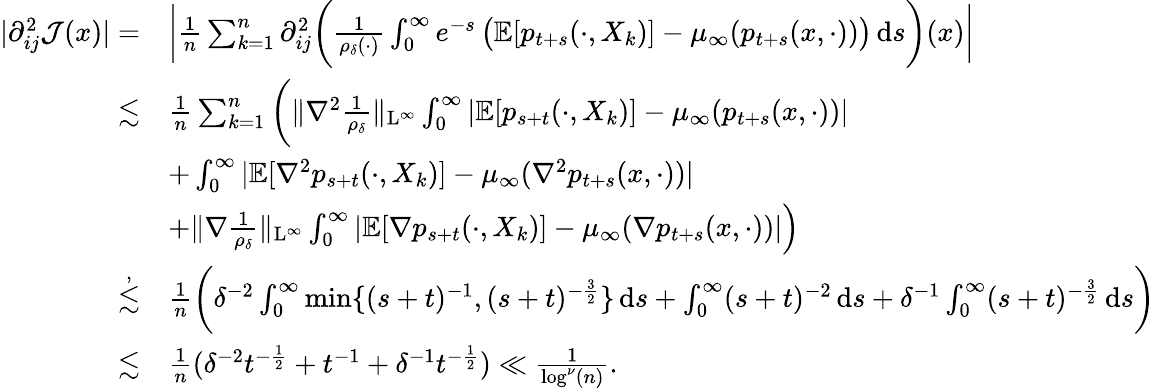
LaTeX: \begin{array}{rl}{\vert\partial_{ij}^{2}\mathcal{J}(x)\vert=}&{\bigg\vert\frac{1}{n}\sum_{k=1}^{n}\partial_{ij}^{2}\bigg(\frac 1{\rho_{\delta}(\cdot)}\int_{0}^{\infty}e^{-s}\, \big(\mathbb{E}[p_{t+s}(\cdot,X_{k})]-\mu_{\infty}(p_{t+s}(x,\cdot))\big)\, \mathrm{d}s\bigg)(x)\bigg\vert}\\ {\lesssim}&{\frac{1}{n}\sum_{k=1}^{n}\bigg(\| \nabla^{2}\frac{1}{\rho_{\delta}}\| _{\mathrm{L}^{\infty}}\int_{0}^{\infty}\vert\mathbb{E}[p_{s+t}(\cdot,X_{k})]-\mu_{\infty}(p_{t+s}(x,\cdot))\vert}\\ &{+\int_{0}^{\infty}\vert\mathbb{E}[\nabla^{2}p_{s+t}(\cdot,X_{k})]-\mu_{\infty}(\nabla^{2}p_{t+s}(x,\cdot))\vert}\\ &{+\| \nabla\frac{1}{\rho_{\delta}}\| _{\mathrm{L}^{\infty}}\int_{0}^{\infty}\vert\mathbb{E}[\nabla p_{s+t}(\cdot,X_{k})]-\mu_{\infty}(\nabla p_{t+s}(x,\cdot))\vert\Big)}\\ {\stackrel{,}{\lesssim}}&{\frac{1}{n}\bigg(\delta^{-2}\int_{0}^{\infty}\operatorname*{min}\{ (s+t)^{-1},(s+t)^{-\frac{3}{2}}\} \, \mathrm{d}s+\int_{0}^{\infty}(s+t)^{-2}\, \mathrm{d}s+\delta^{-1}\int_{0}^{\infty}(s+t)^{-\frac{3}{2}}\, \mathrm{d}s\bigg)}\\ {\lesssim}&{\frac{1}{n}(\delta^{-2}t^{-\frac{1}{2}}+t^{-1}+\delta^{-1}t^{-\frac{1}{2}})\ll\frac{1}{\log^{\nu}(n)}.}\end{array}